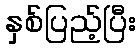
နှစ်ပြည့်ပြီး